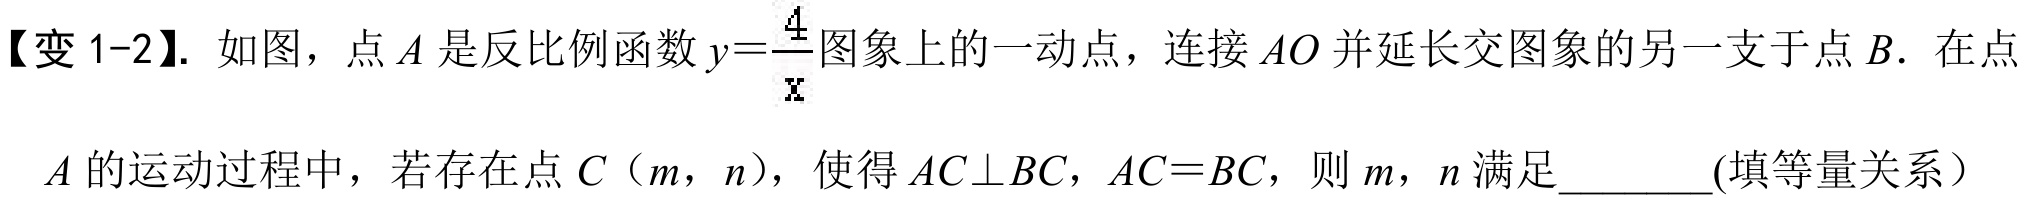
【变 1-2】. 如图，点 \(A\) 是反比例函数 \(y = \frac{4}{x}\) 图象上的一动点，连接 \(AO\) 并延长交图象的另一支于点 \(B\). 在点
\(A\) 的运动过程中，若存在点 \(C（m，n）\)，使得 \(AC\perp BC\)，\(AC = BC\)，则 \(m\)，\(n\) 满足________(填等量关系）